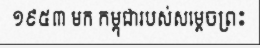
១៩៥៣ មក កម្ពុជារបស់សម្តេចព្រះ